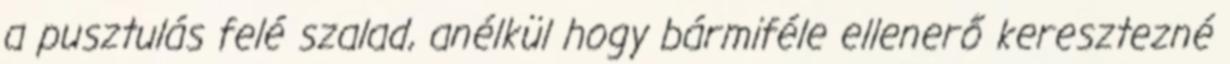
a pusztulás felé szalad, anélkül hogy bármiféle ellenerő keresztezné